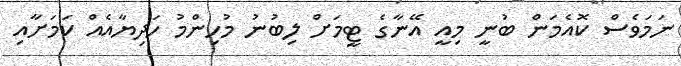
ނަމަވެސް ކޮއެމަން ބުނީ މިއީ އޭނާގެ ޓީމަށް ލިބުނު މުހިންމު ހަދިޔާއެއް ކަމަށާއި